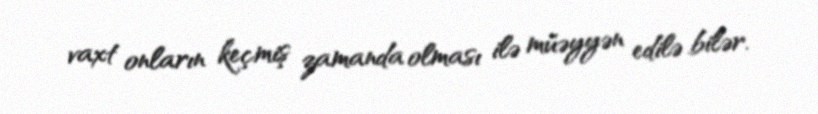
vaxt onların keçmiş zamanda olması ilə müəyyən edilə bilər.